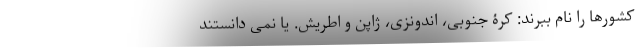
کشورها را نام ببرند: کرۀ جنوبی، اندونزی، ژاپن و اطریش. یا نمی دانستند